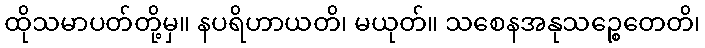
ထိုသမာပတ်တို့မှ။ နပရိဟာယတိ၊ မယုတ်။ သစေနအနုသဉ္စေတေတိ၊